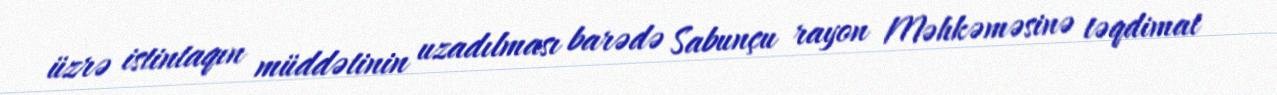
üzrə istintaqın müddətinin uzadılması barədə Sabunçu rayon Məhkəməsinə təqdimat